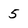
Character: 5